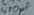
Text: 410µF